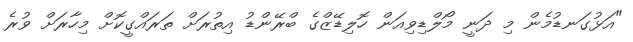
"އަޅުގަނޑުމެން މި ދަނީ މޯލްޑިވިއަން ހޮލިޑޭޒްގެ ބްރޭންޑު އިތުރަށް ތަރައްގީކޮށް މިހާރަށް ވުރެ